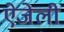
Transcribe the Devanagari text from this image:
ऐजेली